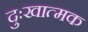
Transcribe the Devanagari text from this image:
दुःखात्मक